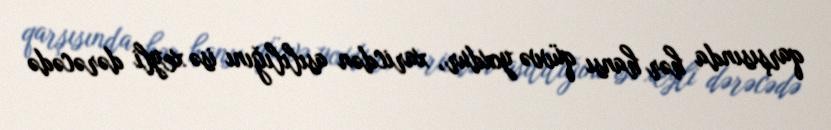
qarşısında hər hansı qüvvə yoxdur, xaricdən asılılığını isə xeyli dərəcədə